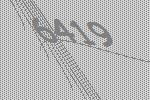
6419